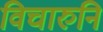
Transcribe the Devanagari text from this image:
विचारुनि